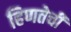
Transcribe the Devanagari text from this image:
हिणतेची